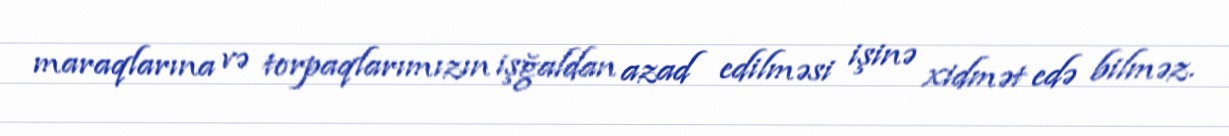
maraqlarına və torpaqlarımızın işğaldan azad edilməsi işinə xidmət edə bilməz.